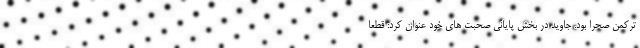
ترکمن صحرا بود. جاوید در بخش پایانی صحبت های خود عنوان کرد: قطعا